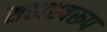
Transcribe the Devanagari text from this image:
सत्तास्वरूप